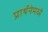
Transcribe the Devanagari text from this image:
प्रार्थनेमध्ये